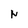
Character: N